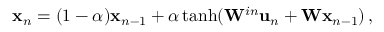
\begin{array} { r } { { \bf x } _ { n } = ( 1 - \alpha ) { \bf x } _ { n - 1 } + \alpha \operatorname { t a n h } ( { \bf W } ^ { i n } { \bf u } _ { n } + { \bf W } { \bf x } _ { n - 1 } ) \, , } \end{array}